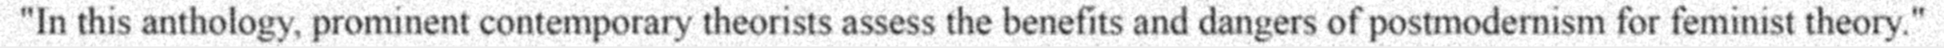
"In this anthology, prominent contemporary theorists assess the benefits and dangers of postmodernism for feminist theory."